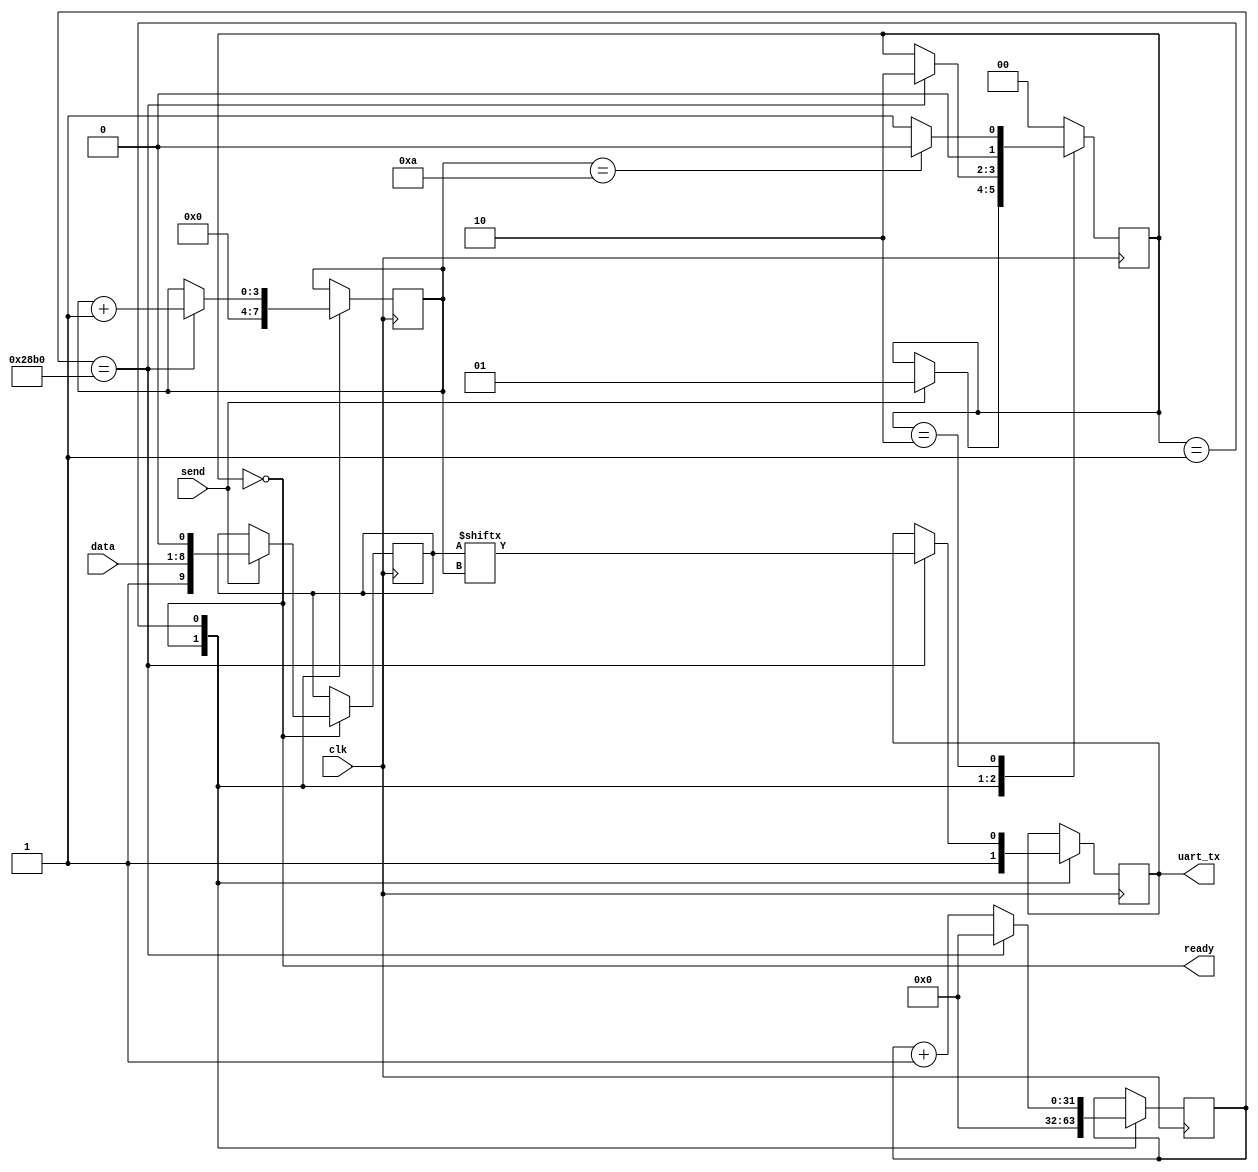
module UART_tx_ctrl(ready,uart_tx,clk,send,data);
input send,clk;
input [7:0] data;
output ready,uart_tx;
parameter baud = 9600;
parameter bit_index_max =10;
localparam [31:0] baud_timer = 100000000/baud;
localparam RDY = 2'b00, LOAD_BIT = 2'b01, SEND_BIT = 2'b10;
reg [1:0] state = RDY;
reg [31:0] timer = 0;
reg [9:0] txData;
reg [3:0] bitIndex;
reg txBit = 1'b1;

always @(posedge clk)

case (state)
RDY:
	begin
		bitIndex <= 1'b0;
		timer <= 14'b0;
		txBit <= 1'b1;
		if (send == 1'b1) begin
			txData <= {1'b1, data, 1'b0};
			state <= LOAD_BIT;
		end
	end
LOAD_BIT:
	begin
		if(timer == baud_timer)
		begin
			timer <= 14'b0;
			state <= SEND_BIT;
			txBit <= txData[bitIndex];
			bitIndex <= bitIndex +1'b1;
		end
		else
			timer <= timer + 1'b1;
	end
SEND_BIT:
begin
	if (bitIndex == bit_index_max)
		state <= RDY;
	else 
		state <= LOAD_BIT;
end

default:
	state <= RDY;
endcase
assign uart_tx = txBit;
assign ready = (state == RDY);
endmodule